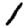
Digit: 1